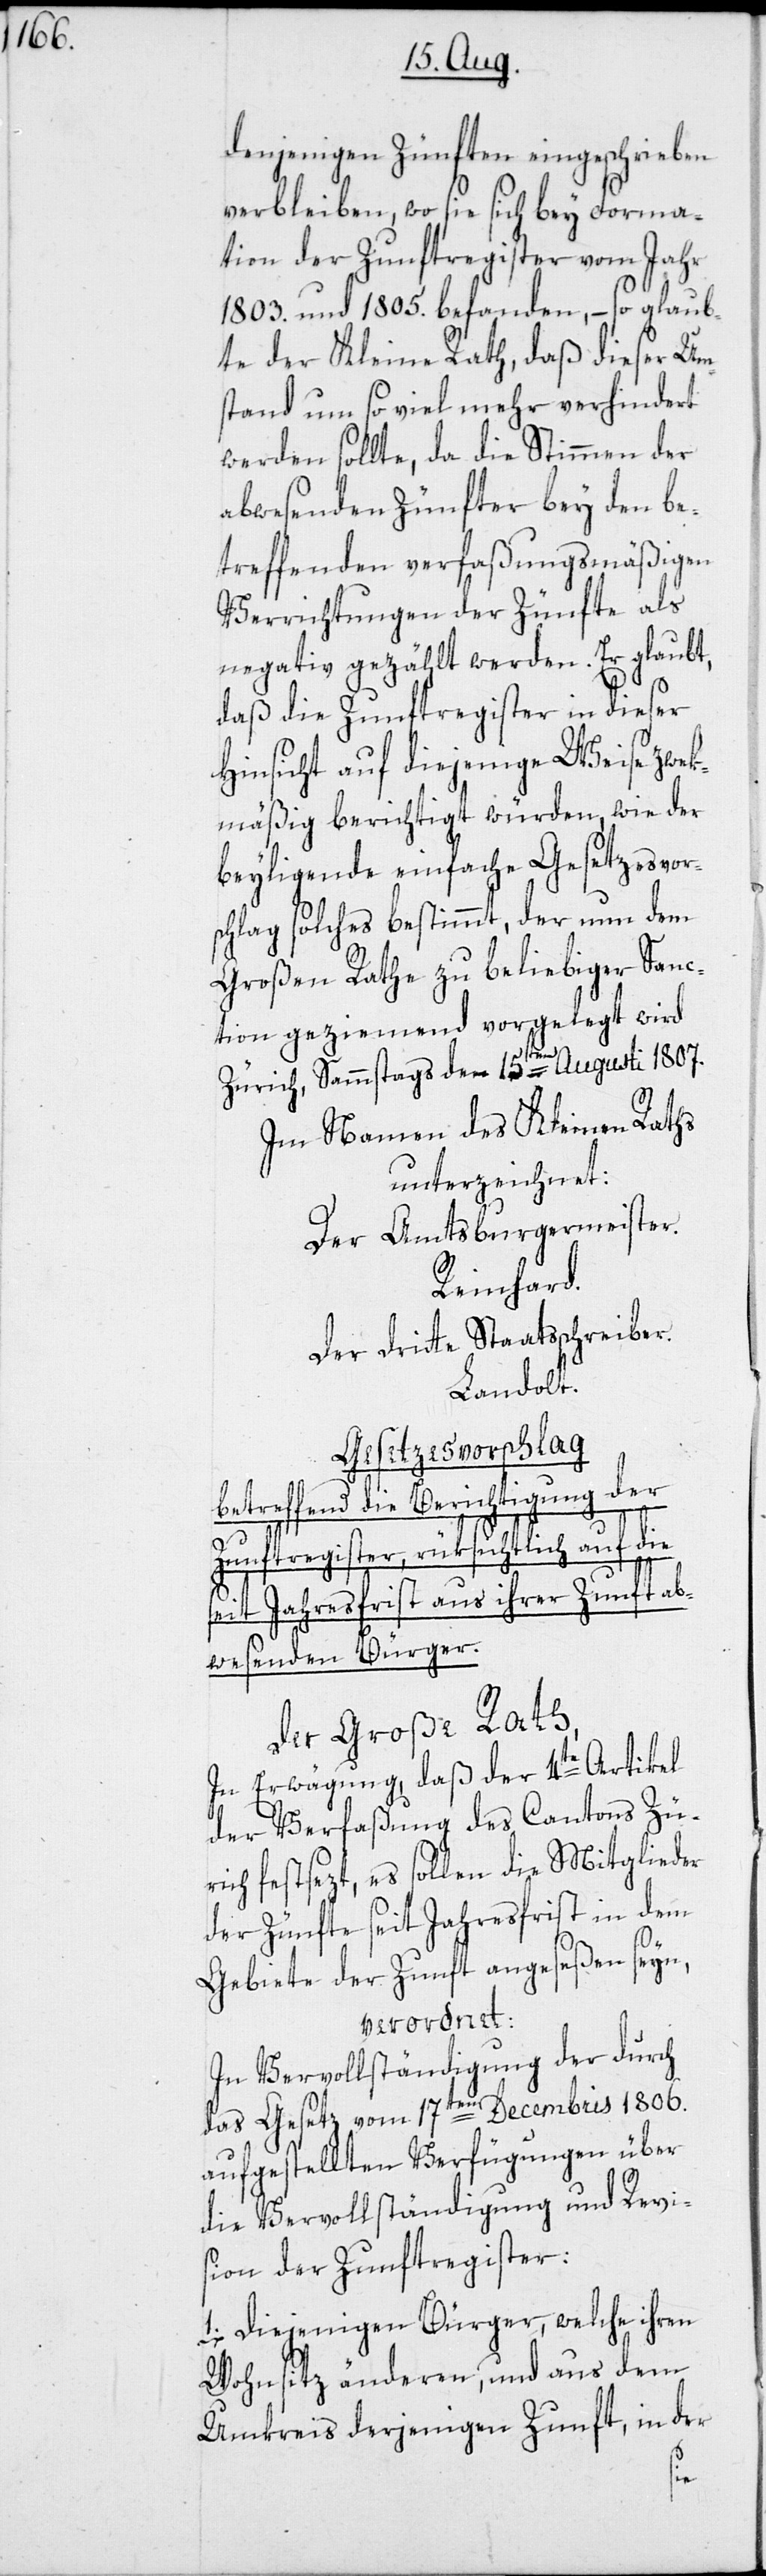
denjenigen Zünften eingeschrieben
verbleiben, wo sie sich bey Forma¬
tion der Zunftregister vom Jahr
1803. und 1805. befanden, – so glaub¬
te der Kleine Rath, daß dieser Um¬
stand um so viel mehr verhindert
werden sollte, da die Stimmen der
abwesenden Zünfter bey den be¬
treffenden verfaßungsmäßigen
Verrichtungen der Zünfte als
negativ gezählt werden. Er glaubt,
daß die Zunftregister in dieser
Hinsicht auf diejenige Weise zwek¬
mäßig berichtigt würden, wie der
beyligende einfache Gesetzesvor¬
schlag solches bestimmt, der nun dem
Großen Rathe zu beliebiger Sanc¬
tion geziemend vorgelegt wird.
Zürich, Sammstags den 15ten Augusti 1807.
Im Namen des Kleinen Raths
unterzeichnet:
Der Amtsburgermeister
Reinhard.
Der dritte Staatsschreiber.
Landolt.
Gesetzesvorschlag
betreffend die Berichtigung der
Zunftregister, rüksichtlich auf die
seit Jahresfrist aus ihrer Zunft ab¬
wesenden Bürger.
Der Große Rath,
In Erwägung, daß der 4te Artikel
der Verfaßung des Cantons Zü¬
rich festsezt, es sollen die Mitglieder
der Zünfte seit Jahresfrist in dem
Gebiete der Zunft angeseßen seyn,
verordnet:
In Vervollständigung der durch
das Gesetz vom 17ten Decembris 1806.
aufgestellten Verfügungen über
die Vervollständigung und Revis¬
ion der Zunftregister:
1. Diejenigen Bürger, welche ihren
Wohnsitz änderen, und aus dem
Umkreis derjenigen Zunft, in der